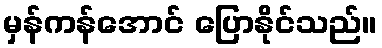
မှန်ကန်အောင် ပြောနိုင်သည်။